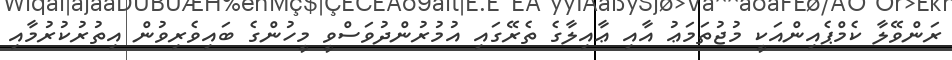
ރަންވޭލާ ކެމްޕެއިންއަކީ މުޖުތަމަޢު އާއި ޢާއިލާގެ ތެރޭގައި އުމުރުންދުވަސްވީ މީހުންގެ ބައިވެރިވުން އިތުރުކުރުމާއި